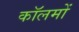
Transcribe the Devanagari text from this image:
काॅलमों